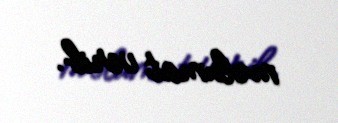
məlumat verib.